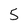
Character: 5